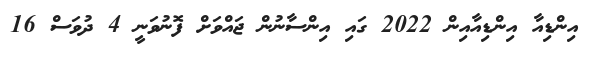
އިންޑިއާ އިންޑިއާއިން 2022 ގައި އިންސާނުން ޖައްވަށް ފޮނުވަނީ 4 ދުވަސް 16